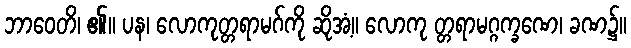
ဘာဝေတိ၊ ၏။ ပန၊ လောကုတ္တရာမဂ်ကို ဆိုအံ့။ လောကု တ္တရာမဂ္ဂက္ခဏေ၊ ခဏ၌။